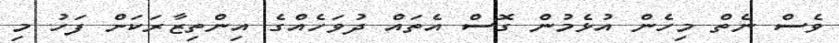
ވެސް ނެތް މިހެން އުޅެމުން ގޮސް އެތައް ދުވަހެއްގެ އިންތިޒާރަކަށް ފަހު މި